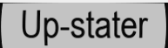
Up-stater